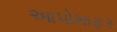
આપોમાફક